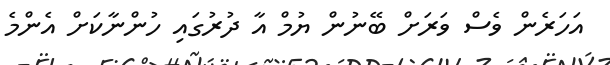
އަހަރެން ވެސް ވަރަށް ބޭނުން ޔުމް އާ ދުރުގައި ހުންނާކަށް އެންމެ